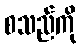
စသည်ကို